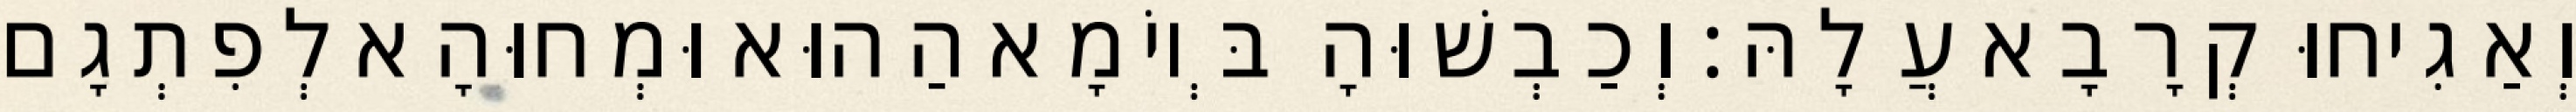
וְאַגִיחוּ קְרָבָא עֲלָהּ׃ וְכַבְשׁוּהָ בְּיוֹמָא הַהוּא וּמְחוּהָא לְפִתְגָם